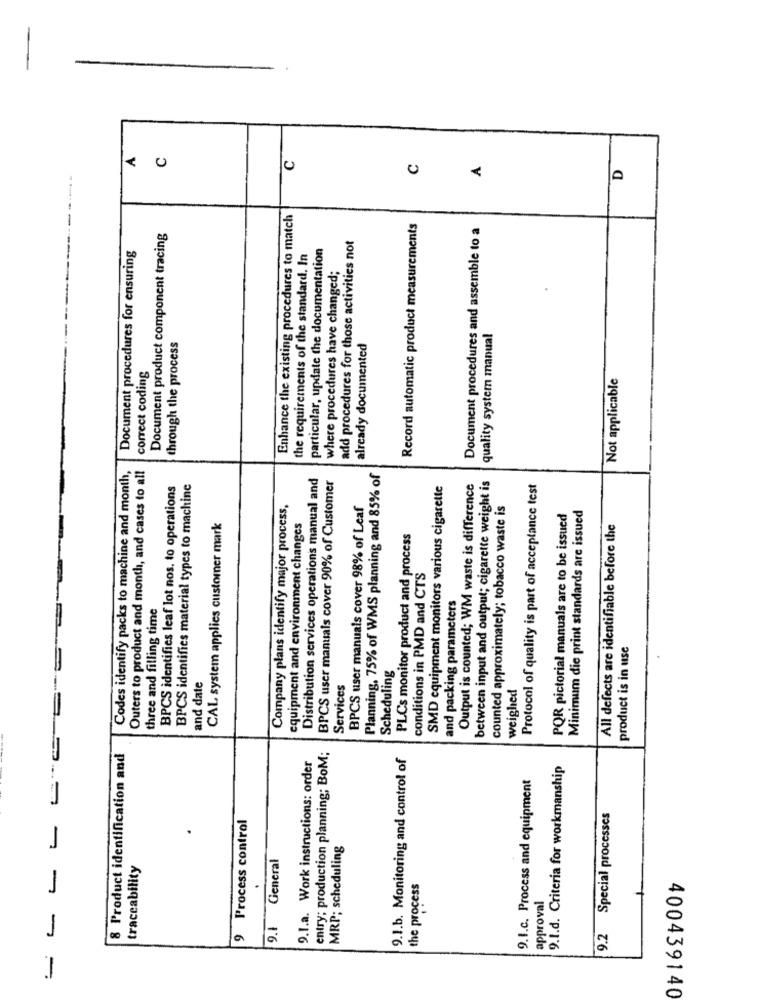
A
C
C
C
D
Enhance the existing procedures to match
Record automatic product measurements
Document procedures and assemble to a
Document product component tracing
add procedures for those activities not
Document procedures for ensuring
particular, update the documentation
the requirements of the standard. In
where procedures have changed;
through the process
quality system manual
already documented
correct coding
Not applicable
Codes identify packs to machine and month,
Outers to product and month, and cases to all
Distribution services operations manual and
BPCS user manuals cover 90% of Customer
Planning, 75% of WMS planning and 85% of
between input and output; cigarette weight is
BPCS identifies leaf lot nos. to operations
BPCS identifies material types to machine
SMD equipment monitors various cigarette
Output is counted; WM waste is difference
Protocol of quality is part of acceptance test
Company plans identify major process,
BPCS user manuals cover 98% of Leaf
counted approximately; tobacco waste is
Minimum die print standards are issued
POR pictorial manuals are to be issued
CAL system applies customer mark
equipment and environment changes
All defects are identifiable before the
PLCs monitor product and process
conditions in PMD and CTS
and packing parameters
three and filling time
product is in use
Scheduling
and date
Services
weighed
entry; production planning; BoM;
8 Product identification and
9.1.a. Work instructions: order
9.1.b. Monitoring and control of
9.I.d. Criteria for workmanship
9.1.c. Process and equipment
9.2 Special processes
9 Process control
.
MRP; scheduling
-
traceability
9.1 General
the process
.
approval
-
400439140